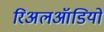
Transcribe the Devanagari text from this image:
रिअलऑडियो